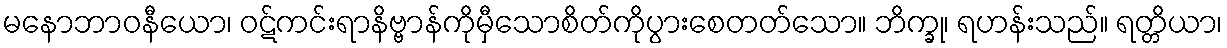
မနောဘာဝနီယော၊ ဝဋ်ကင်းရာနိဗ္ဗာန်ကိုမှီသောစိတ်ကိုပွားစေတတ်သော။ ဘိက္ခု၊ ရဟန်းသည်။ ရတ္တိယာ၊